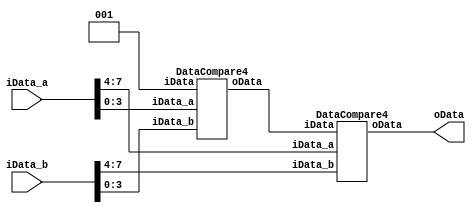
module DataCompare8 (
    input [7:0] iData_a,
    input [7:0] iData_b,
    output [2:0] oData);

    wire [2:0] lowData;
    DataCompare4 low(iData_a[3:0],iData_b[3:0],3'b001,lowData);
    DataCompare4 high(iData_a[7:4],iData_b[7:4],lowData,oData);
endmodule

module DataCompare4 (input [3:0] iData_a,
                     input [3:0] iData_b,
                     input [2:0] iData,
                     output [2:0] oData);
reg[2:0] oDataReg;
always @(*) begin
    if (iData_a>iData_b)
        oDataReg = 3'b100;
    else if (iData_a<iData_b)
        oDataReg = 3'b010;
    else
        oDataReg = iData;
end
assign oData = oDataReg;

endmodule